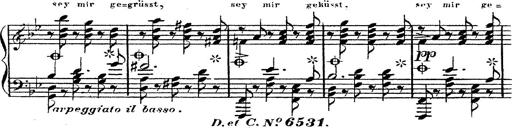
Title: 12 Lieder von Franz Schubert
Composer: Franz Liszt